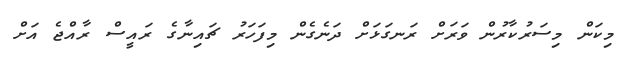
މިކަން މިސަރުކާރުން ވަރަށް ރަނގަޅަށް ދަނެގެން މިފަހަރު ޗައިނާގެ ރައީސް ރާއްޖެ އަށް